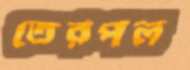
তেরপল